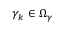
\gamma _ { k } \in \mathcal { \Omega } _ { \gamma }